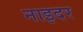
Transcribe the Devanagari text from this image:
नाइदर